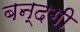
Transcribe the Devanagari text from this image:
बन्दगी